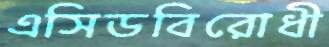
এসিডবিরোধী